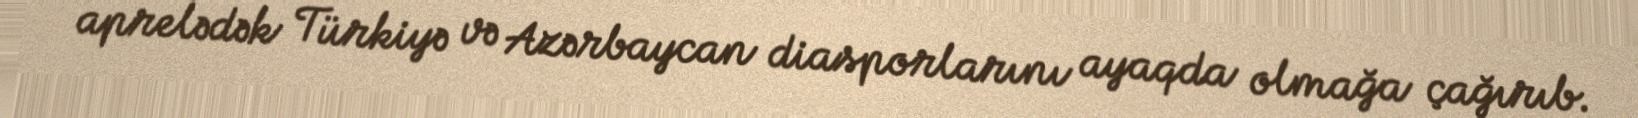
aprelədək Türkiyə və Azərbaycan diasporlarını ayaqda olmağa çağırıb.